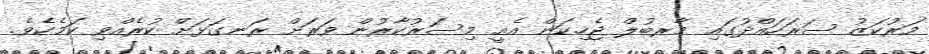
މަރުކަޒު ސަރަހައްދުގައި މާރބުލް ޖެހިކަން އެއީ މިސަރުކާރުން ވަަރަށް ރަނގަޅަށް ކުރެެއްވި ކަމެކެވެ.